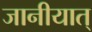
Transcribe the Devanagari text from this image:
जानीयात्